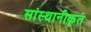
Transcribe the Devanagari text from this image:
सांस्थानीकृत